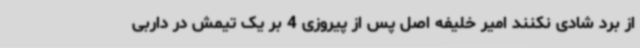
از برد شادی نکنند امیر خلیفه اصل پس از پیروزی 4 بر یک تیمش در داربی